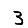
Digit: 3